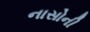
નાસોની